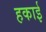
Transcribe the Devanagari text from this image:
हकाई